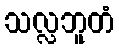
သလ္လဘူတံ